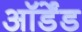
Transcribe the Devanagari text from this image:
ऑर्डेंड